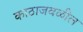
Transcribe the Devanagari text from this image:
काठाजवळील